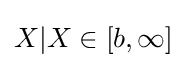
X|X\in \left[b,\infty \right]